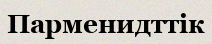
Парменидттік